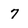
Character: 7